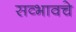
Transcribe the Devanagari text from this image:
सव्भावचे